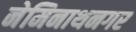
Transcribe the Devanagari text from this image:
नेमिनाथनगर